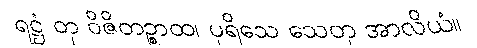
ရဋ္ဌံ တု ဝိဇိတဉ္စာထ၊ ပုရိသေ သေတု အာလိယံ။